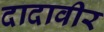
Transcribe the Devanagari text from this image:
दादावीर